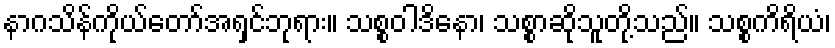
နာဂသိန်ကိုယ်တော်အရှင်ဘုရား။ သစ္စဝါဒိနော၊ သစ္စာဆိုသူတို့သည်။ သစ္စကိရိယံ၊